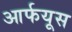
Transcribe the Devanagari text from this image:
आर्फयूस